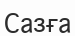
Сазға